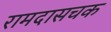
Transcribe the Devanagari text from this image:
रामदासचक